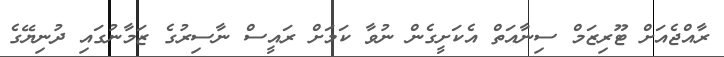
ރާއްޖެއަށް ޓޫރިޒަމް ސިނާއަތް އެކަށީގެން ނުވާ ކަމަށް ރައީސް ނާސިރުގެ ޒަމާނުގައި ދުނިޔޭގެ